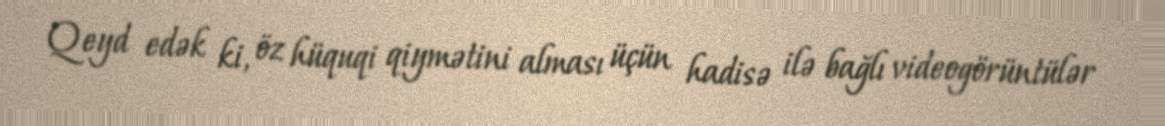
Qeyd edək ki, öz hüquqi qiymətini alması üçün hadisə ilə bağlı videogörüntülər